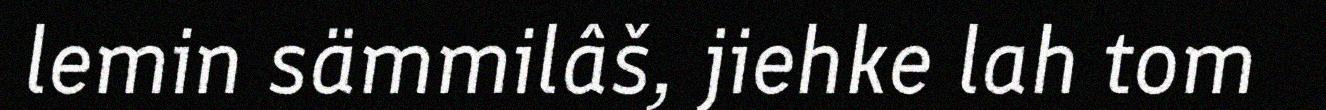
lemin sämmilâš, jiehke lah tom